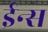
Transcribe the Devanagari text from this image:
ईन्स